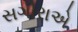
સગીરાએ